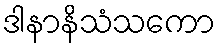
ဒါနာနိသံသကော